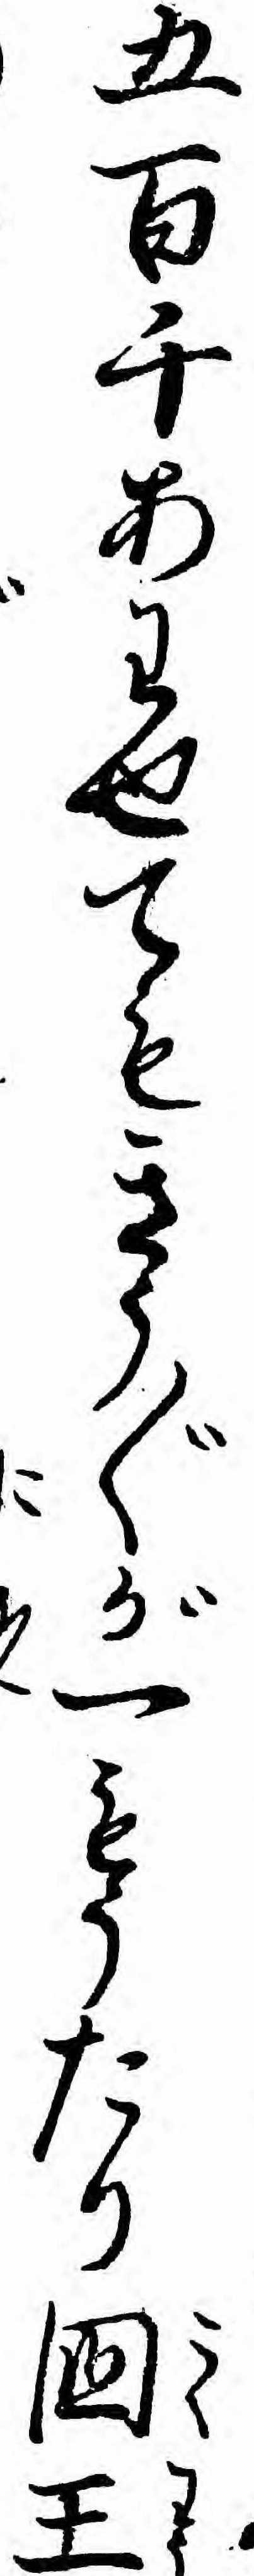
五百千あわせてもきう〲が一もうたり国王